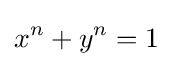
x^{n}+y^{n}=1